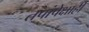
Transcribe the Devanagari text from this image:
तपांपेक्षाही